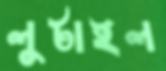
লুটাইল